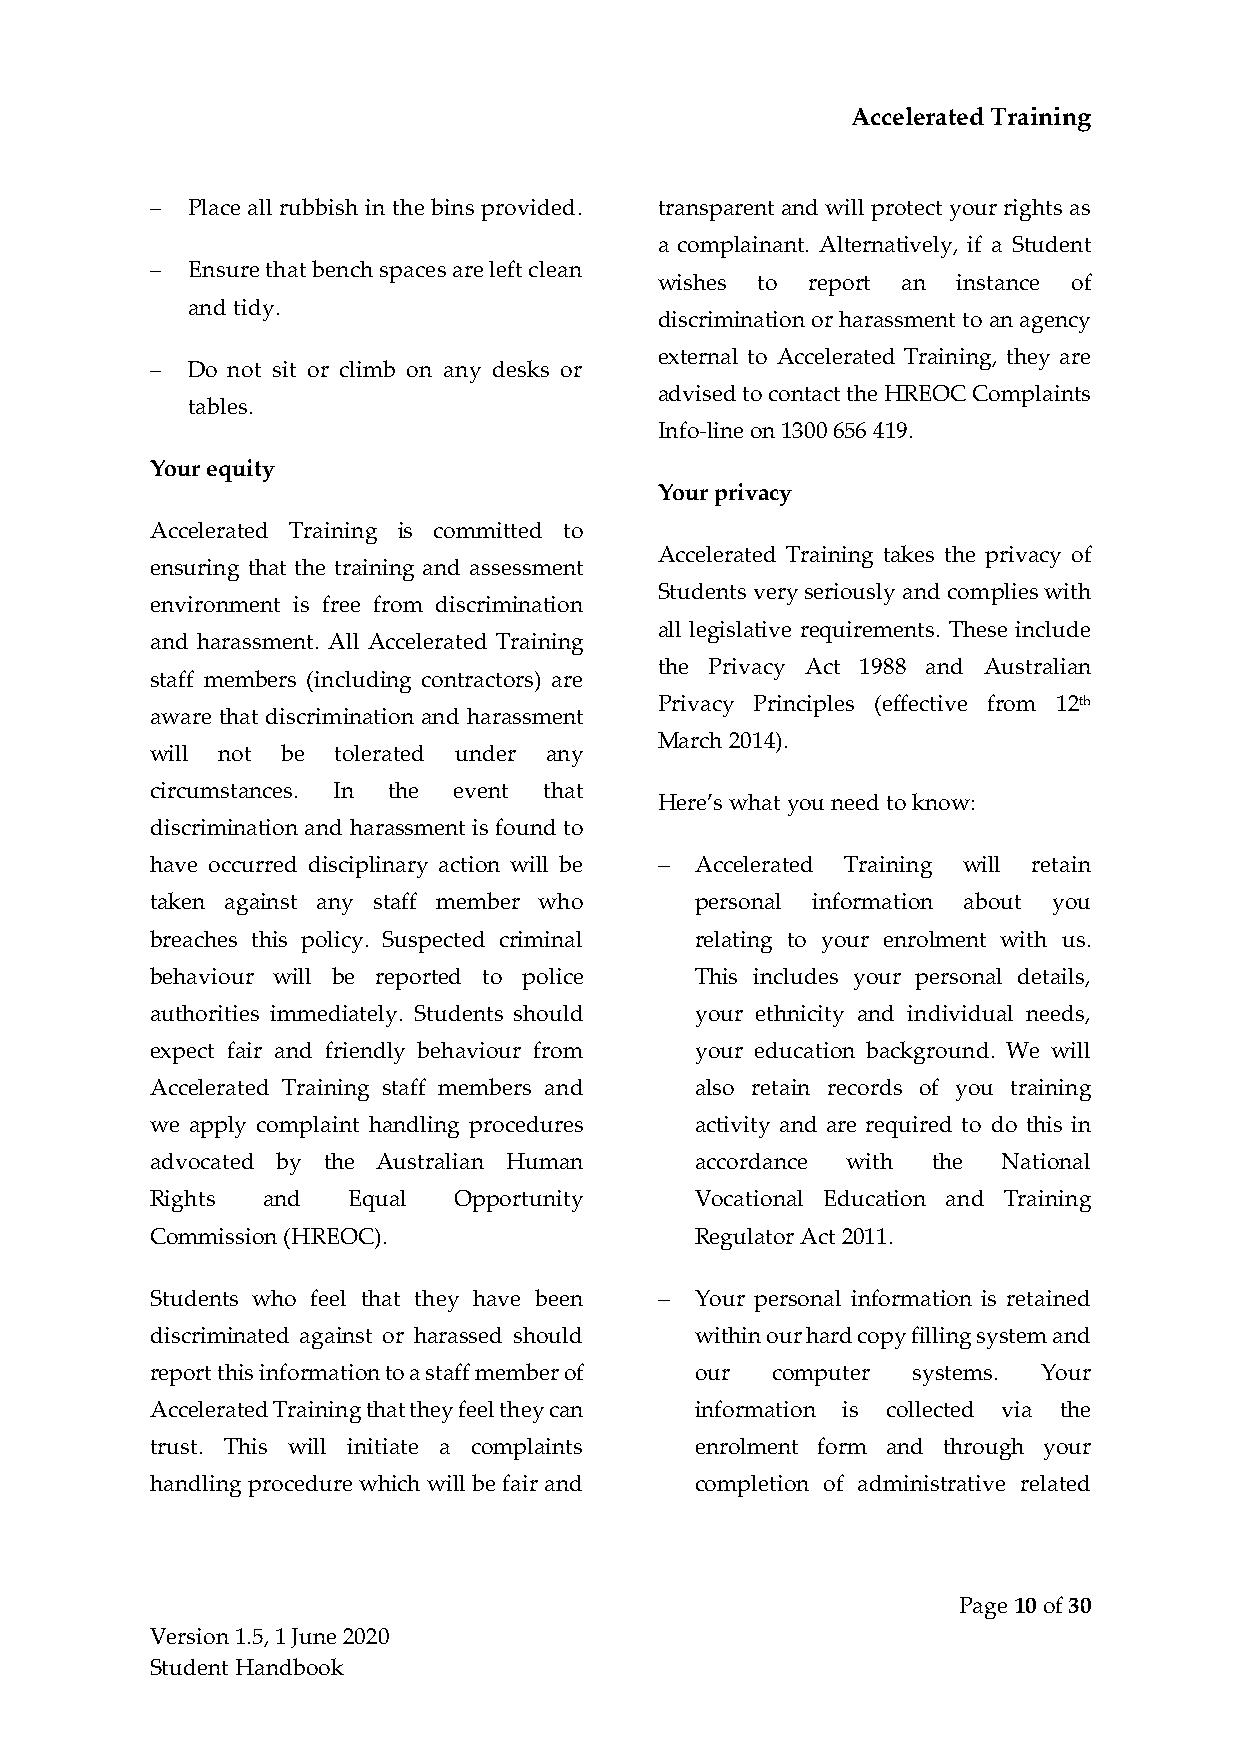
Accelerated Training
 − Place all rubbish in the bins provided. transparent and will protect your rights as
 a complainant. Alternatively, if a Student
 − Ensure that bench spaces are left clean
 wishes to report an instance of
 and tidy.
 discrimination or harassment to an agency
 external to Accelerated Training, they are
 − Do not sit or climb on any desks or
 advised to contact the HREOC Complaints
 tables.
 Info-line on 1300 656 419.
 Your equity
 Your privacy
 Accelerated Training is committed to
 Accelerated Training takes the privacy of
 ensuring that the training and assessment
 Students very seriously and complies with
 environment is free from discrimination
 all legislative requirements. These include
 and harassment. All Accelerated Training
 the Privacy Act 1988 and Australian
 staff members (including contractors) are
 Privacy Principles (effective from 12th
 aware that discrimination and harassment
 March 2014).
 will not be tolerated under any
 circumstances. In the event that
 Here’s what you need to know:
 discrimination and harassment is found to
 have occurred disciplinary action will be − Accelerated Training will retain
 taken against any staff member who  personal information about you
 breaches this policy. Suspected criminal relating to your enrolment with us.
 behaviour will be reported to police This includes your personal details,
 authorities immediately. Students should your ethnicity and individual needs,
 expect fair and friendly behaviour from your education background. We will
 Accelerated Training staff members and also retain records of you training
 we apply complaint handling procedures activity and are required to do this in
 advocated by the Australian Human   accordance with the National
 Rights and   Equal  Opportunity     Vocational Education and Training
 Commission (HREOC).                 Regulator Act 2011.
 Students who feel that they have been − Your personal information is retained
 discriminated against or harassed should within our hard copy filling system and
 report this information to a staff member of our computer systems. Your
 Accelerated Training that they feel they can information is collected via the
 trust. This will initiate a complaints enrolment form and through your
 handling procedure which will be fair and completion of administrative related
 Page 10 of 30
 Version 1.5, 1 June 2020
 Student Handbook